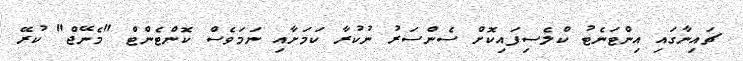
ޗައިނާގައި އިންޓަނެޓު ކްލެސިފައިކޮށް ސެންސަރު ނުކުރާ ކަމަށާއި ނަމަވެސް ކޮންޓެންޓް "މެނޭޖް" ކުރޭ